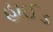
હાઈડ